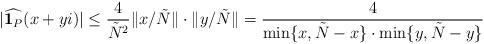
LaTeX: \begin{align*} \vert\widehat{\bold{1}_{P}}(x+yi)\vert\leq\frac{4}{\tilde{N}^{2}}\Vert x/\tilde{N}\Vert\cdot\Vert y/\tilde{N}\Vert=\frac{4}{\min\{x,\tilde{N}-x\}\cdot\min\{y,\tilde{N}-y\}} \end{align*}